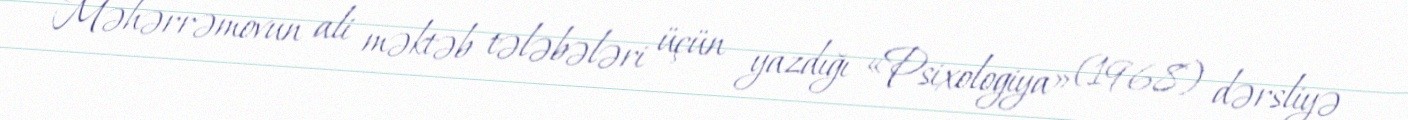
Məhərrəmovun ali məktəb tələbələri üçün yazdığı «Psixologiya» (1968) dərsliyə